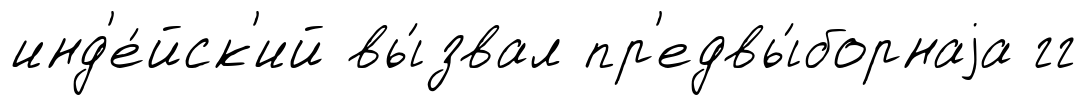
инд'е́йск'ий вы́звал пр'едвы́борнаjа гг